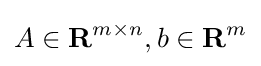
A\in \mathbf {R} ^{m\times n},b\in \mathbf {R} ^{m}